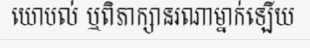
យោបល់ ឬពិភាក្សានរណាម្នាក់ឡើយ